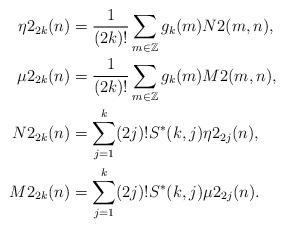
LaTeX: \begin{align*}\eta 2_{2k}(n) &= \frac{1}{(2k)!}\sum_{m\in\mathbb{Z}} g_k(m) N2(m,n),\\\mu 2_{2k}(n) &=\frac{1}{(2k)!} \sum_{m\in\mathbb{Z}} g_k(m) M2(m,n),\\N2_{2k}(n) &= \sum_{j=1}^{k} (2j)! S^*(k,j) \eta 2_{2j}(n),\\M2_{2k}(n) &= \sum_{j=1}^{k} (2j)! S^*(k,j) \mu 2_{2j}(n).\end{align*}